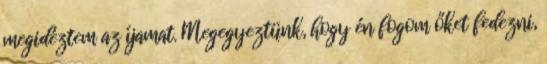
megidéztem az íjamat. Megegyeztünk, hogy én fogom őket fedezni,